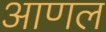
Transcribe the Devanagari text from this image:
आणल